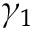
\gamma _ { 1 }